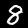
Digit: 8